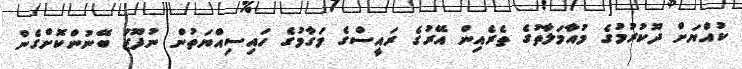
ކުއްޔަށް ދޫކުރުމުގެ މުއާމަލާތުގެ ތެރެއިން އޭރުގެ ރައީސްގެ މަގާމުގެ ހައިސިއްޔަތުން ނުފޫޒު ބޭނުންކޮށްގެން